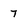
Character: 7